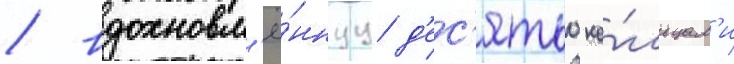
/ вдохновл'ё́ннуу д'ес'ятью ко́льцам'и